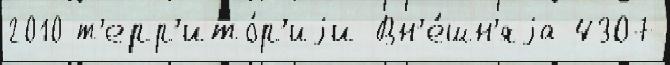
2010 т'ерр'ито́р'иjи Вн'е́шн'яjа 4307